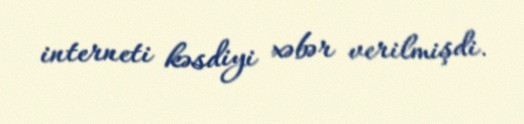
interneti kəsdiyi xəbər verilmişdi.